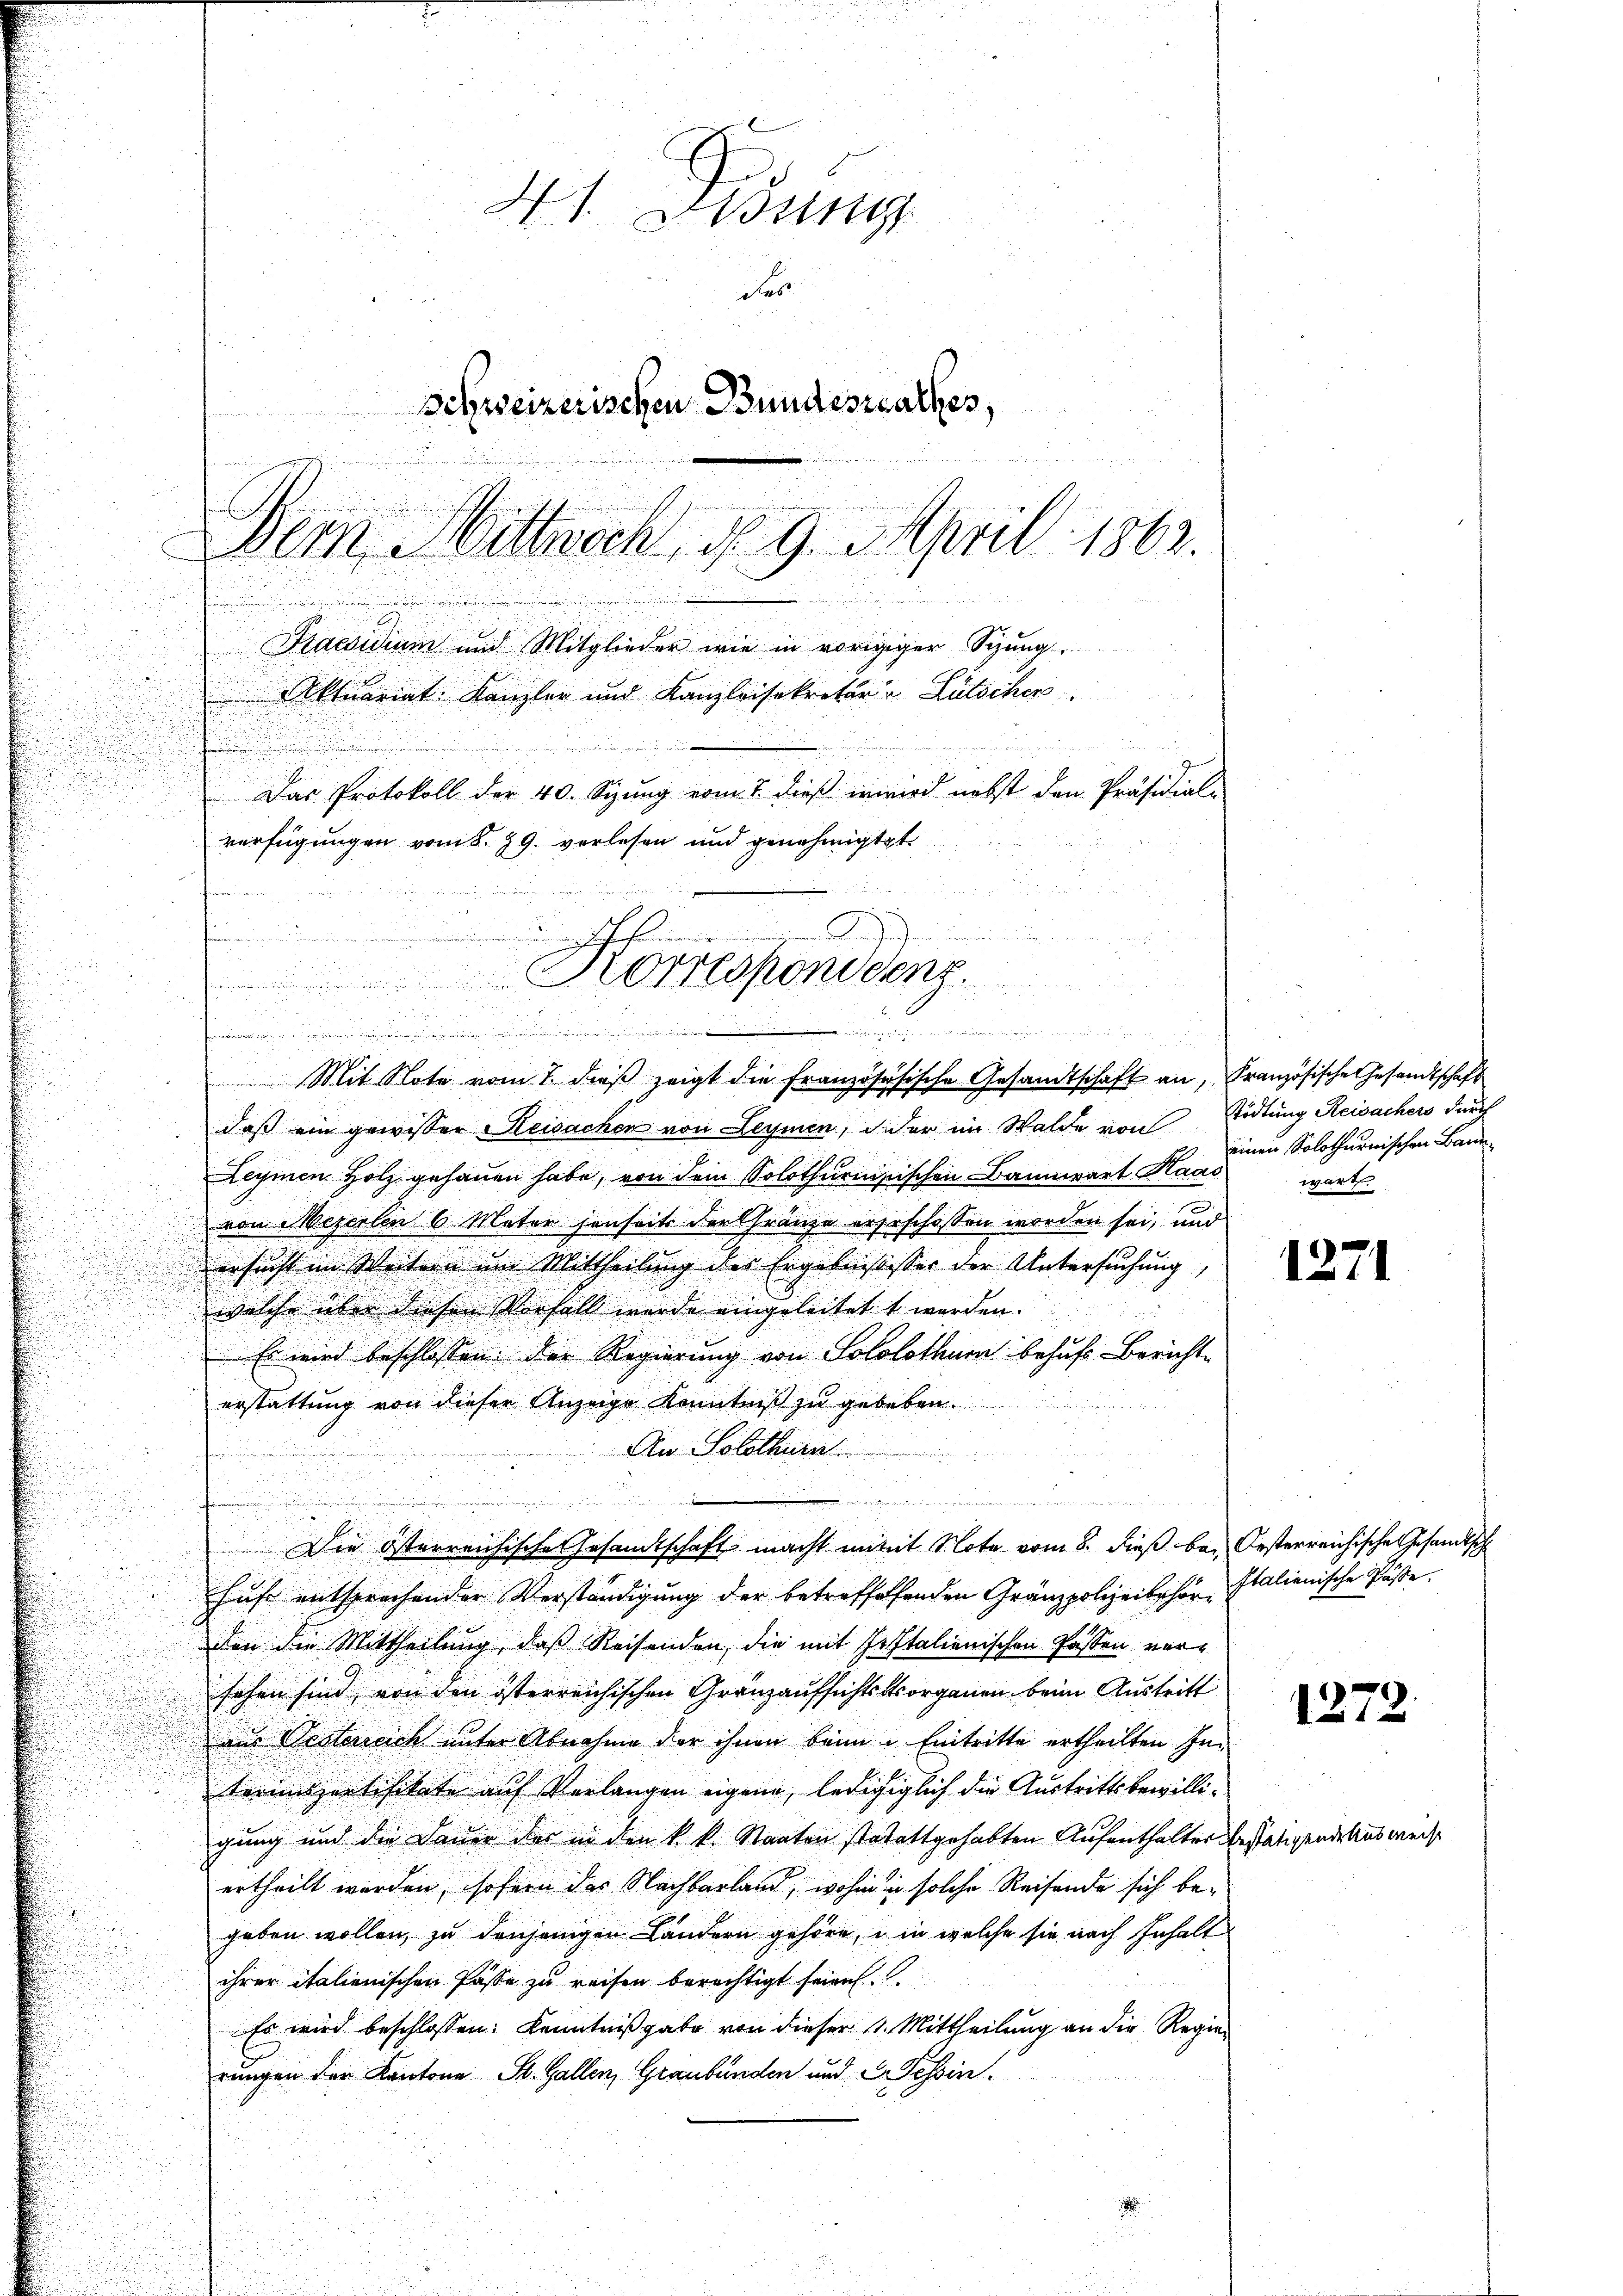
.

3
.
daß ein gewisser Reisachen von Leymen, der im Walde von Tödtung Reisachers durch
E
Leymen Holz gehauen habe, von dem Solothurnisischen Bannwart Raas wart.
von Mezerlen 6. Mater jenseits der Gränze ergeschossen worden sei, und
ersucht im Weitern um Mittheilung des Ergebnissser der Untersuchung,
welche über diesen Vorfall wurde eingeleitet werden.
Es wird beschlossen: der Regierung von Sololothur behufs Bericht
erstattung von dieser Anzeige Kenntniß zu gebeben.
An Solothurn

.
u
Die österreichische Gesandtschaft macht mitt Note vom 8. dieß bei Oesterreichische Gesandtsch
hufe entsprochender Verständigung der betreffehenden Gränzpolizeibehör Italienische Pässe.
den die Mittheilung, daß Reisenden, die mit Pestalienischen Passen versehen sind, von den österreichischen Gränzaufsichtsorganen beim Austritt
aus Oesterreich unter Abnahme der ihnen beim Eintritte ertheilten In-
trennspertifikate auf Verlangen eigene, ledigiglich die Austrittsbewilligung und die Dauer der in den k. k. Staaten statattgehabten Aufenthalter bestätigende Ausweise
ertheilt werden, sofern der Nachbarland, wohin in solche Reisende sich begeben wollen, zu denjenigen Ländern gehöre, in welche sie nach Inhalt
ihrer italienischen Pässe zu reifen berechtigt seien.
Es wird beschlossen: Kenntnißgabe von dieser 11. Mittheilung an die Regierungen der Kantone St. Gallen, Graubünden und Dr Tessin.

r
wenigen Sache in und
Korrespondenz.
denden

3
.
e
Mit Note vom 7. dieβ zeigt die französisische Gesandtschaft an, Französische Gesandtschaft

H. Wun
das
Schweizerischen Bundesrathes,
Dem Mittwoch, d. 9. April 1862.
.

Praesidium und Mitglieder wie in vorigiger Sitzung
Aktuariat Kanzler und Kanzleisekretär u. Lütscher
Das Protokoll der 40. Sizŭng vom 7. dieβ inwird nebst den Präsidial-
verfügungen vom 8. 29. verlesen und genehmigtet

einen Solothurnischen Bann¬

1271

1272.